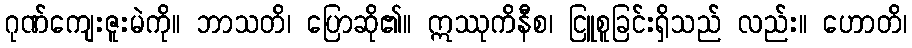
ဂုဏ်ကျေးဇူးမဲကို။ ဘာသတိ၊ ပြောဆို၏။ ဣဿုကိနီစ၊ ငြူစူခြင်းရှိသည် လည်း။ ဟောတိ၊